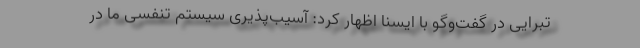
تبرایی در گفت‌وگو با ایسنا اظهار کرد: آسیب‌پذیری سیستم تنفسی ما در